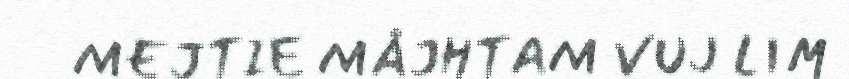
MEJTIE MÅJHTAM VUJ LIM